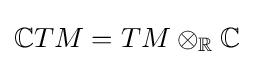
\mathbb {C} TM=TM\otimes _{\mathbb {R} }\mathbb {C}